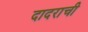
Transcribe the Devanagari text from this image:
दादराची